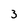
Character: 3